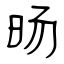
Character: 旸